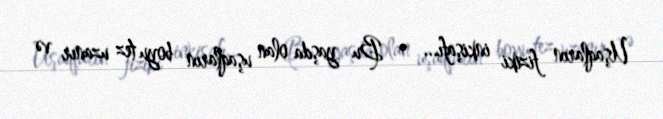
Uşaqların fiziki inkişafı... • Bu yaşda olan uşaqların boyu tez uzanır və